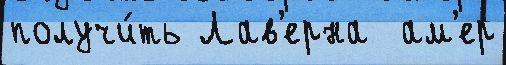
получи́ть Лав'ерна  ам'ер